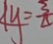
1 y = \frac { 3 } { \Delta }